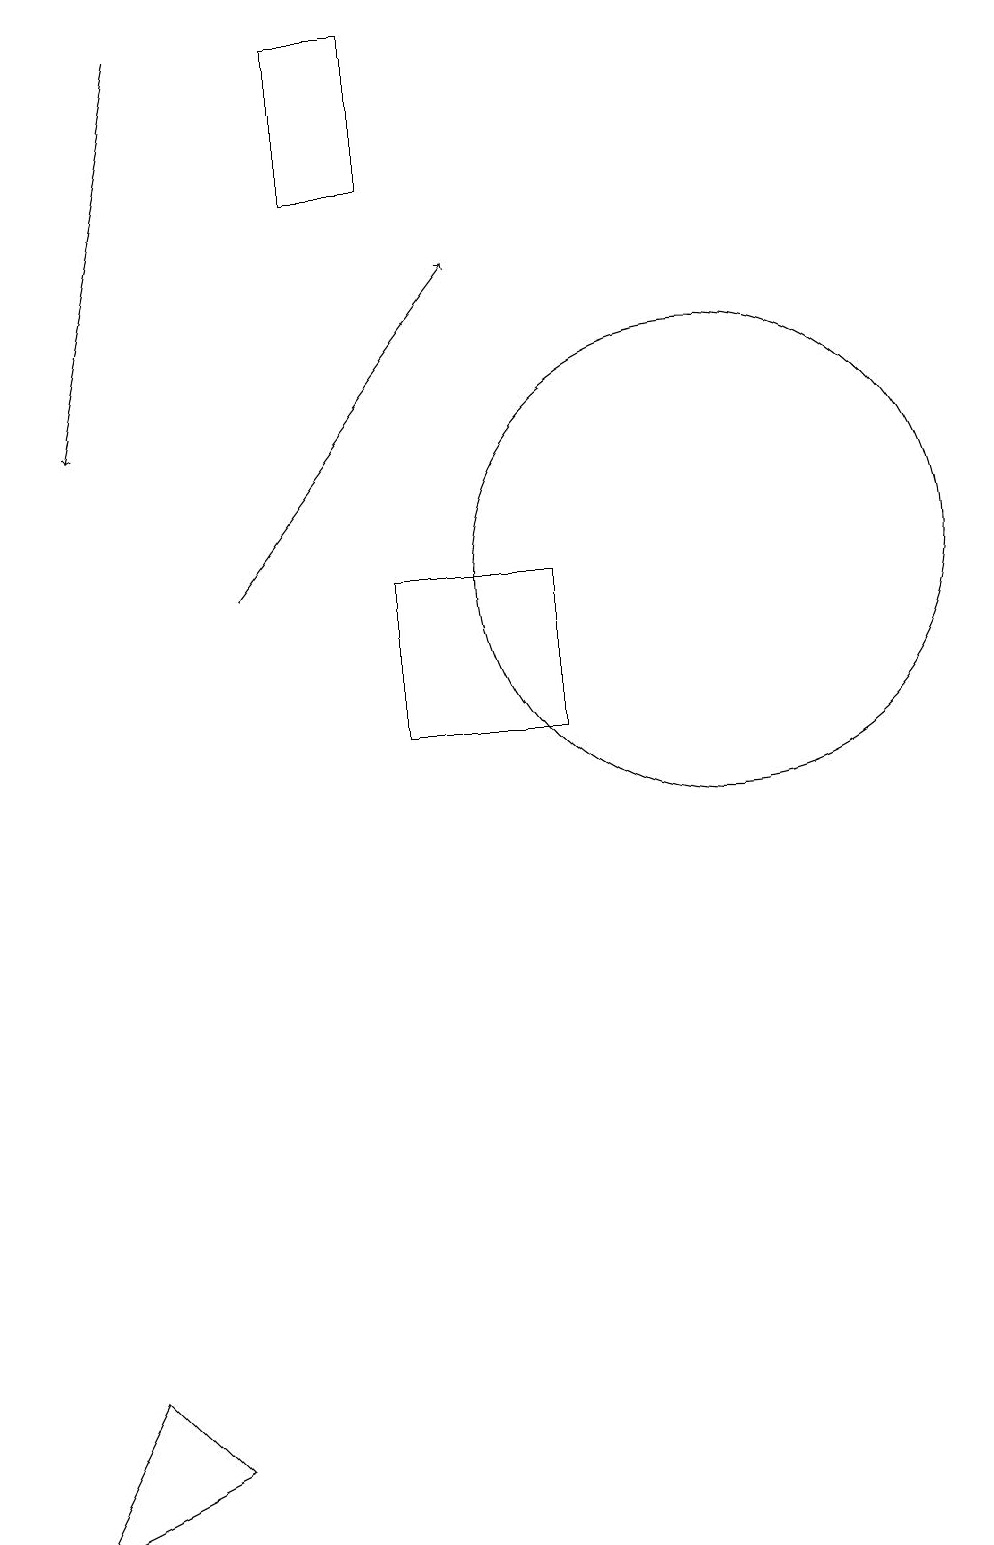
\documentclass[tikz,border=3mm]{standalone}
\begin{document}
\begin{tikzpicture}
\draw (6,19) rectangle (7,17);
\draw[->] (5,12) -- (8,16);
\draw (3,2) -- (4,1) -- (2,0) -- cycle;
\draw (9,10) rectangle (7,12);
\draw (11,12) circle (3);
\draw[->] (4,19) -- (3,14);
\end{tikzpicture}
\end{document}